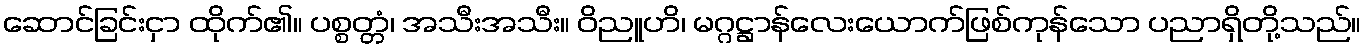
ဆောင်ခြင်းငှာ ထိုက်၏။ ပစ္စတ္တံ၊ အသီးအသီး။ ဝိညူဟိ၊ မဂ္ဂဋ္ဌာန်လေးယောက်ဖြစ်ကုန်သော ပညာရှိတို့သည်။